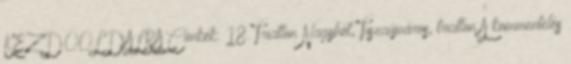
KEZDŐOLDALRA Címkék: 18. Triatlon Nagyhét, Tiszaújváros, triatlon A kommentelés